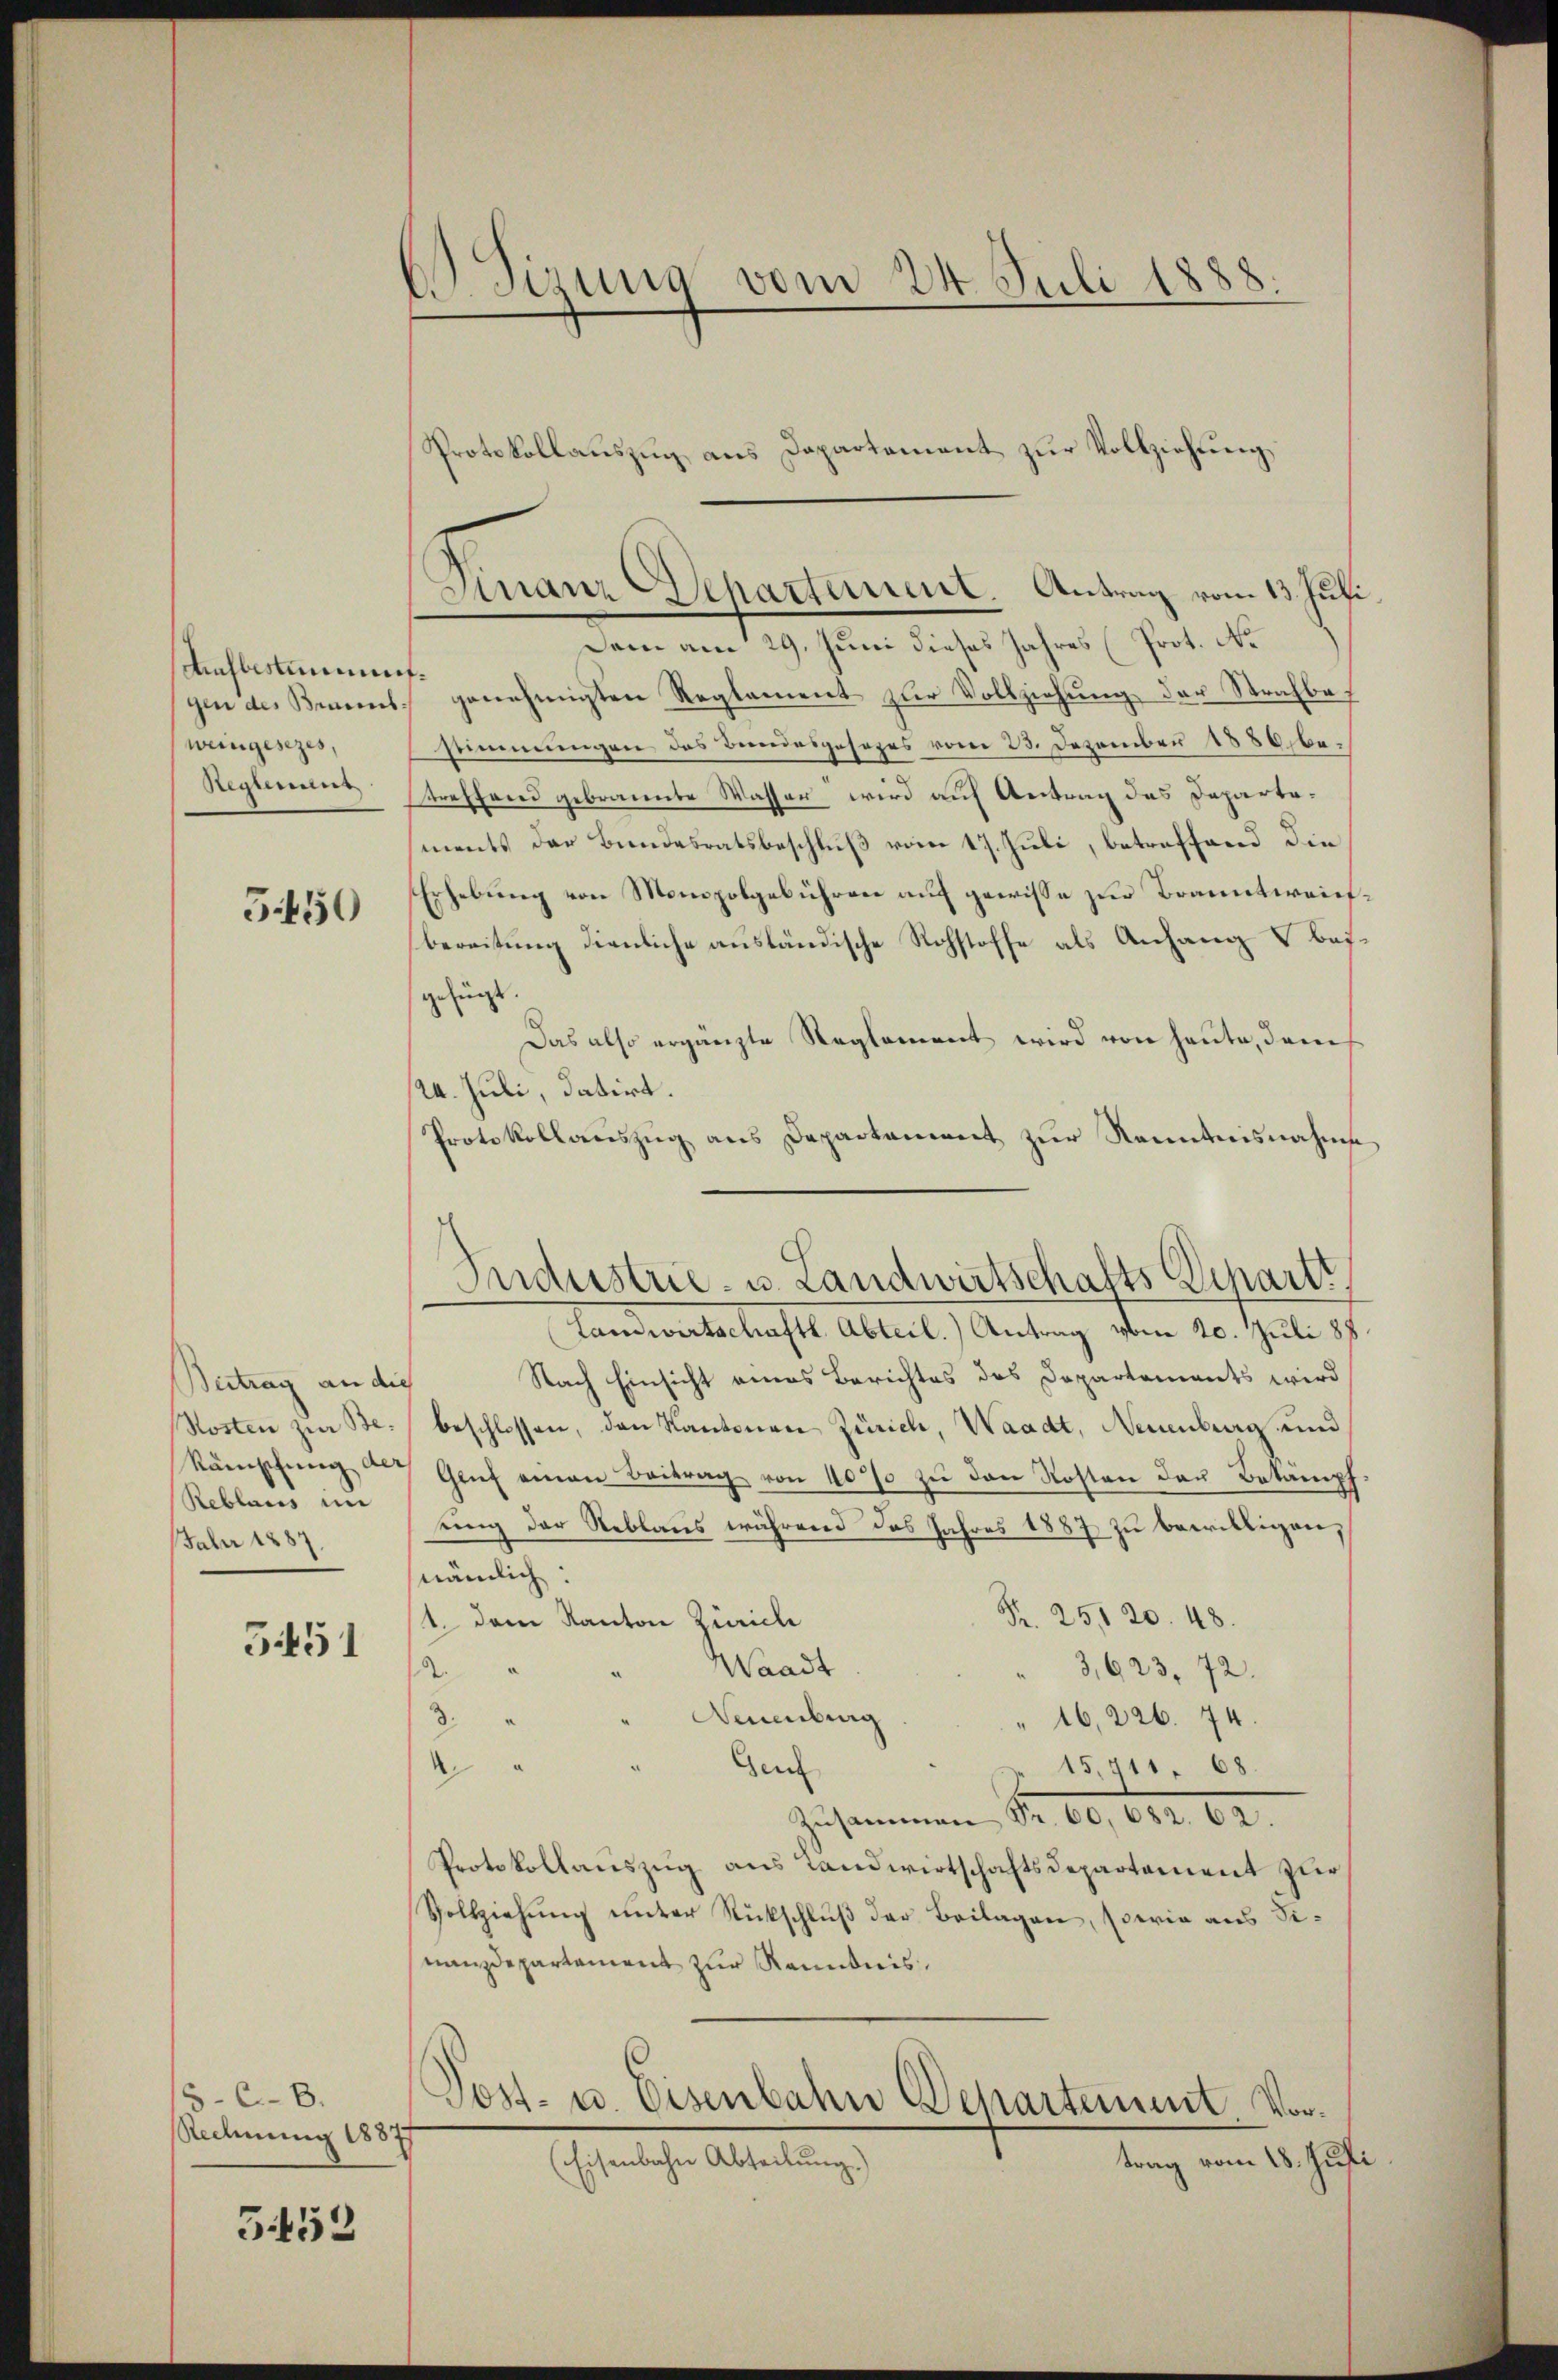
Ausbestimmt.
weingesezes,
Reglement

550

Beitrag an die
Reblaus in
Fahr 1887.

551

15-6-8.
Redmung 18877

553

Sizung vom 24. Juli 1888.

Protokollauszug aus Departement zur Vollziehung
Finanz-Departement. Antrag vom 13. Juli

Dem am 29. Juni dieses Jahres (Prot. No
gin der Brannt genehmigten Reglement zŭr Vollziehŭng der Strafbestimmungen des Bundesgesezes vom 23. Dezember 1880. betreffend gebrannte Wasser wird auf Antrag des Departaments der Bundesratsbeschluß vom 17. Juli, betreffend die
Erhebung von Monopolgebühren auf gewisse zur Branntweichbereitung dienliche ausländische Rohstoffe als Anhang & beigefügt.
Das also ergänzte Reglement wird von heute, dam
/4. Juli, datirt.
Protokollauszug aus Departement zur Kenntnisnahme
Landwirtschaftl. Abteil.) Antrag vom 20. Juli 188.
Nach Einsicht eines Berichtes des Departements wird
Kosten zur Be- beschlossen, den Kantonen Zürich, Waadt, Neuenburg und
Rämschung auf Genf einen Beitrag von 40% zu den Kosten des Betampfsung der Reblaus während das Jahres 1887 zu bewilligen,
nämlich.
R. 251 20. 48.
1. dem Kanton Zürich
Waadt
2.
3,623, 72.
Neuenburg
3.
16,22674.
d
Gen
15,911, 68.
Zusammen Nr. 60, 632. 62.
Protokollauszug aus Landwirtschaftsdepartement zur
Vollziehŭng unter Rückschluß der Beilagen, sowie aus Sinanzdepartament zur Kenntnis,
Post- u. Eisenbahn Departement Vortrag vom 18. Juli
(Eisenbahn Abteilŭng.)

Industrie- u. Landwirtschafts Schartt